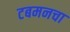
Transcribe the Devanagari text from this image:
टबमनचा